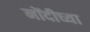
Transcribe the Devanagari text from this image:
नोंदीच्या